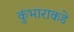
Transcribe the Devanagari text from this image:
कुंभाराकडे